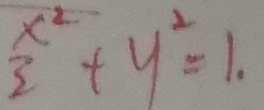
\frac { x ^ { 2 } } { 2 } + y ^ { 2 } = 1 .